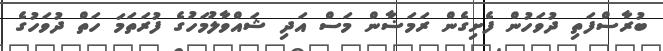
ބުރާސްފަތި ދުވަހުން ފެށިގެން ރަމަޟާން މަސް އަދި ޝައްވާލުމަހުގެ ފުރަތަމަ ހަތް ދުވަހުގެ